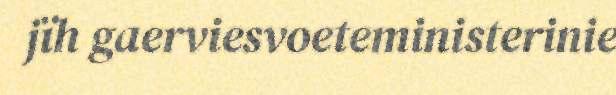
jïh gaerviesvoeteministerinie